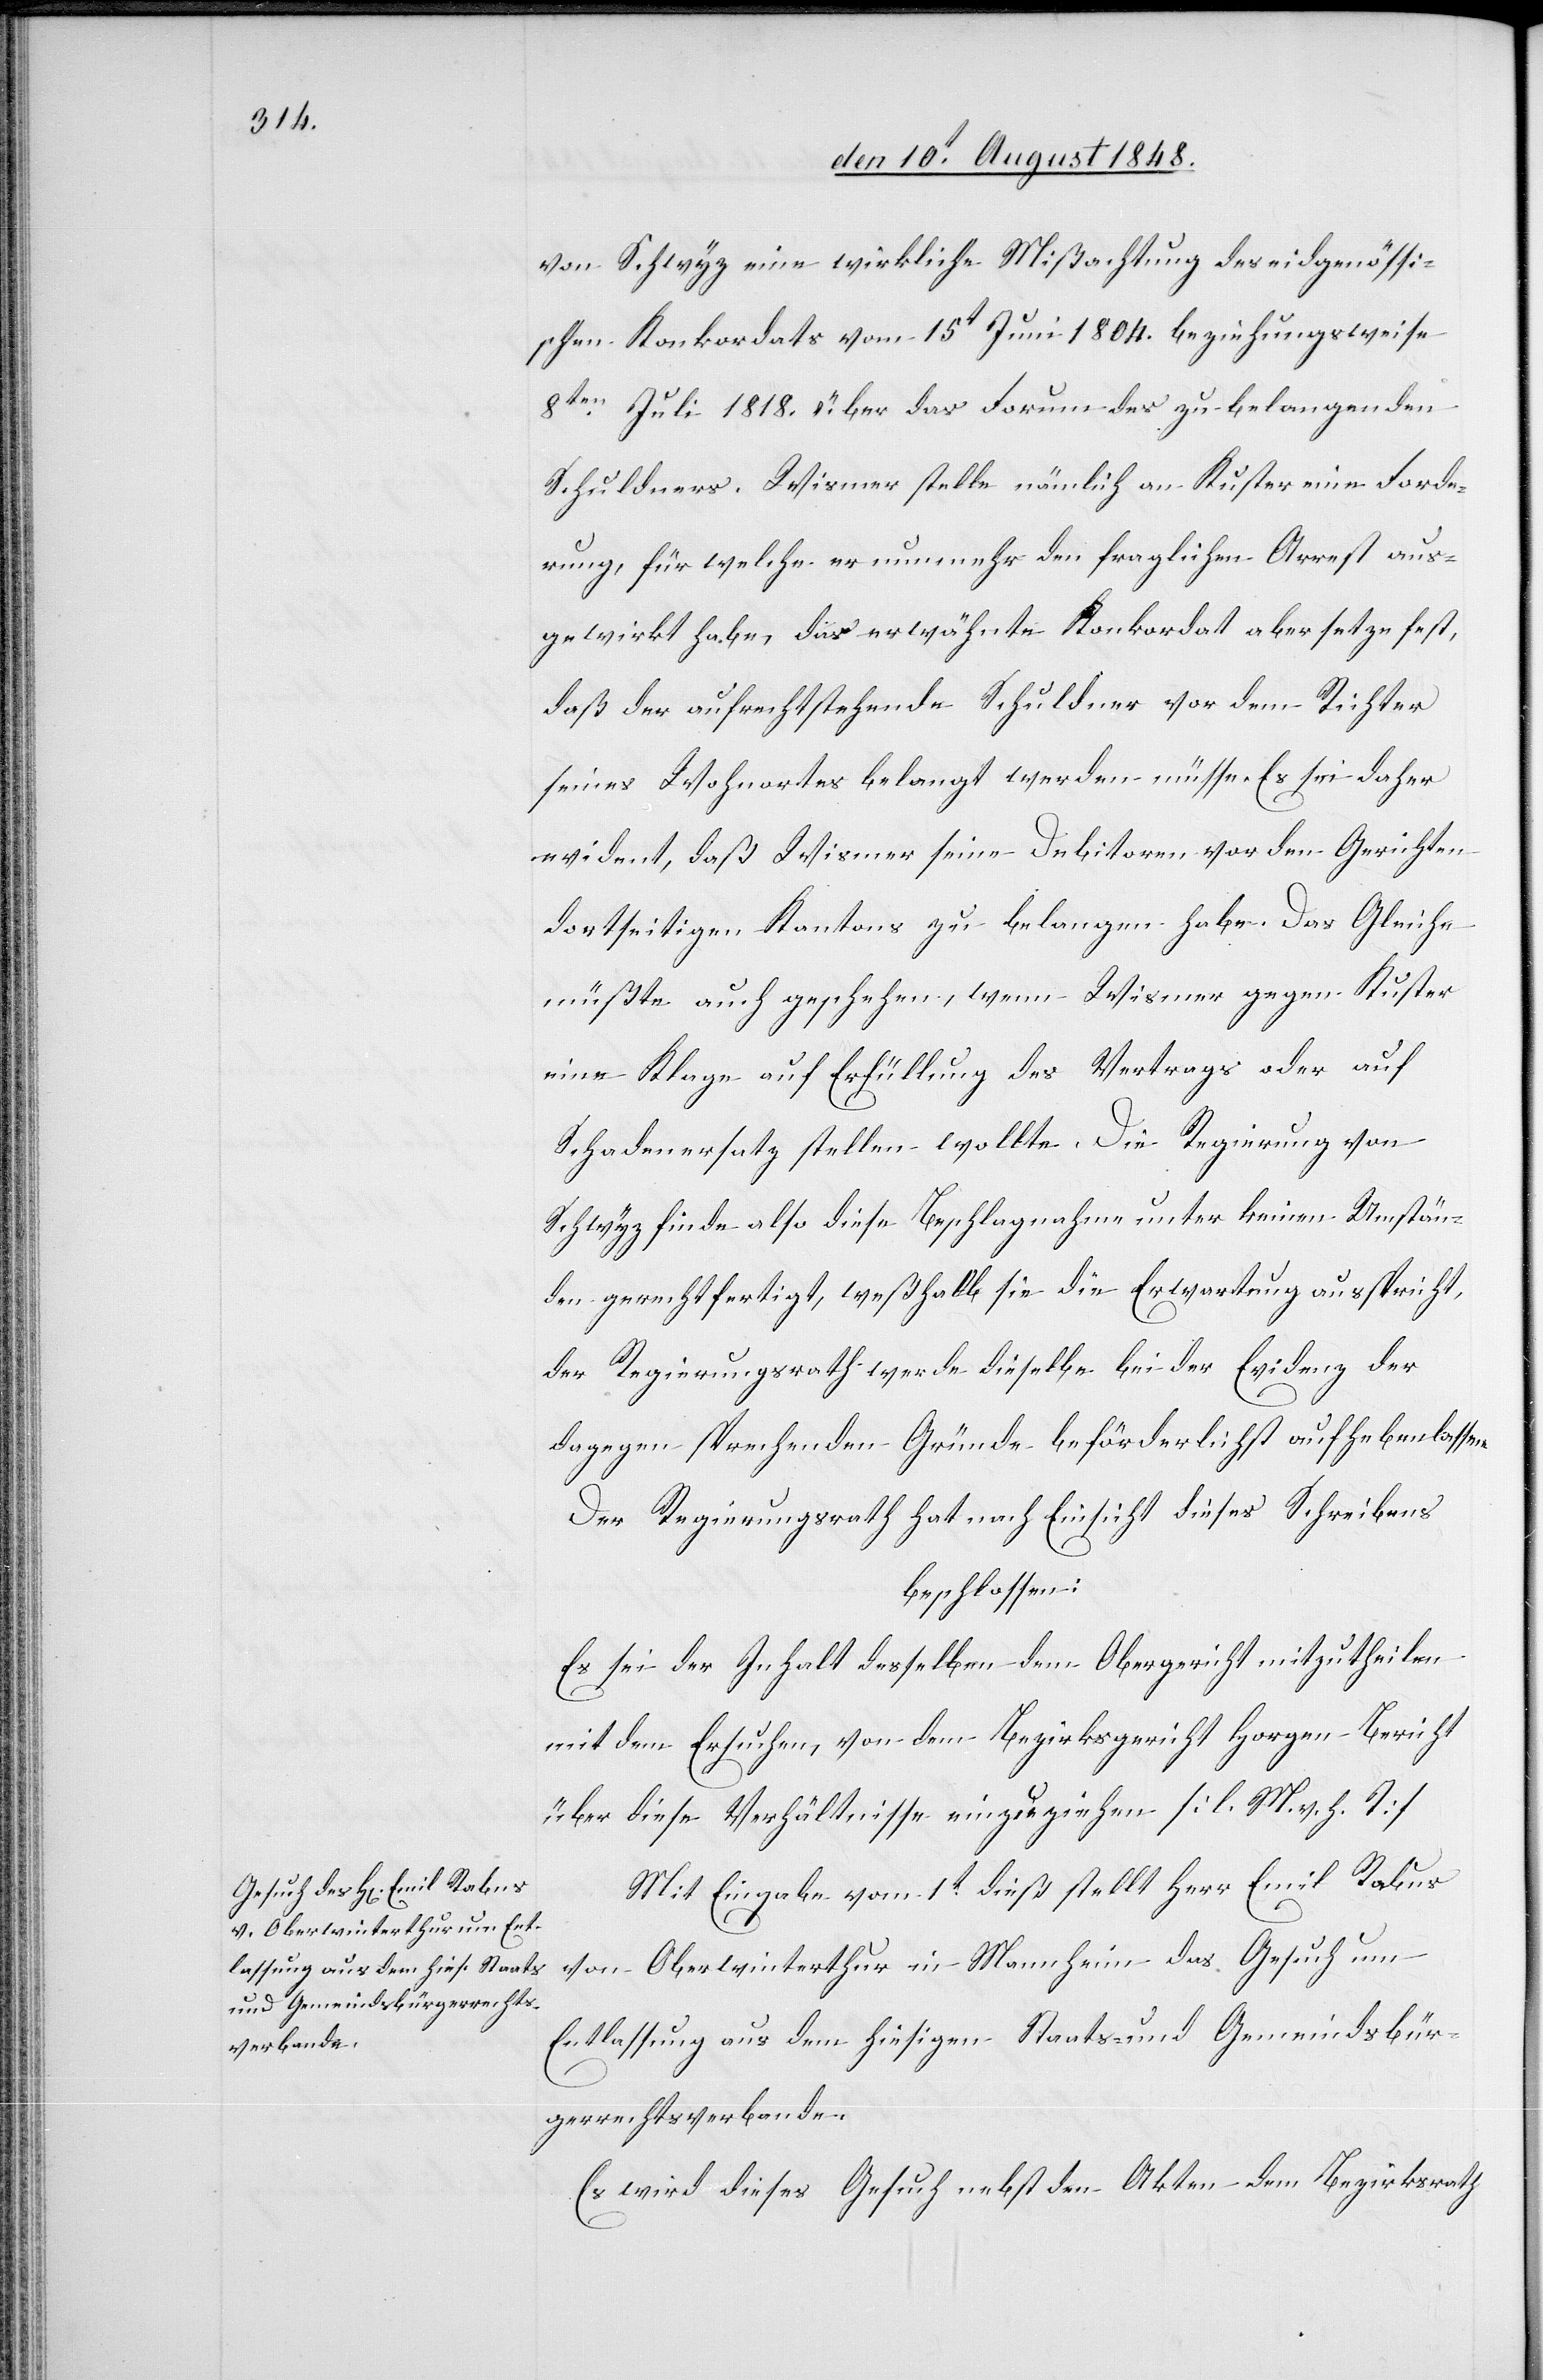
von Schwyz eine wirkliche Mißachtung des eidgenössi¬
schen Konkordats vom 15t Juni 1804. beziehungsweise
8ten Juli 1818. über das Forum des zu belangenden
Schuldners. Wismer stelle nämlich an Kuster eine Forde¬
rung, für welche er nunmehr den fraglichen Arrest aus¬
gewirkt habe, das erwähnte Konkordat aber setze fest,
daß der aufrechtstehende Schuldner vor dem Richter
seines Wohnortes belangt werden müsse. Es sei daher
evident, daß Wismer seine Debitoren vor den Gerichten
dortseitigen Kantons zu belangen habe. Das Gleiche
müßte auch geschehen, wenn Wismer gegen Kuster
eine Klage auf Erfüllung des Vertrags oder auf
Schadenersatz stellen wollte. Die Regierung von
Schwyz finde also diese Beschlagnahme unter keinen Umstän¬
den gerechtfertigt, weßhalb sie die Erwartung ausspricht,
der Regierungsrath werde dieselbe bei der Evidenz der
dagegen sprechenden Gründe beförderlichst aufheben lassen.
Der Regierungsrath hat nach Einsicht dieses Schreibens
beschlossen:
Es sei der Inhalt desselben dem Obergericht mitzutheilen
mit dem Ersuchen, von dem Bezirksgericht Horgen Bericht
über diese Verhältnisse einzuziehen. [l. M. v. h. T]
Mit Eingabe vom 1t dieß stellt Herr Emil Rabus
von Oberwinterthur in Mannheim das Gesuch um
Entlassung aus dem hiesigen Staats- und Gemeindsbür¬
gerrechtsverbande.
Es wird dieses Gesuch nebst den Akten dem Bezirksrath